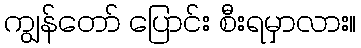
ကျွန်တော် ပြောင်း စီးရမှာလား။